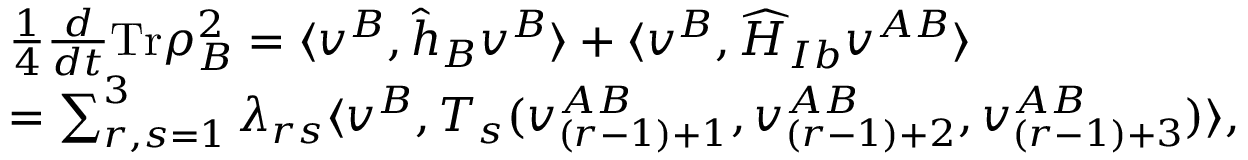
\begin{array} { r l } & { \frac { 1 } { 4 } \frac { d } { d t } \mathrm { T r } \rho _ { B } ^ { 2 } = \langle \boldsymbol { v } ^ { B } , \widehat { h } _ { B } \boldsymbol { v } ^ { B } \rangle + \langle \boldsymbol { v } ^ { B } , \widehat { H } _ { I b } \boldsymbol { v } ^ { A B } \rangle } \\ & { = \sum _ { r , s = 1 } ^ { 3 } \lambda _ { r s } \langle \boldsymbol { v } ^ { B } , T _ { s } ( v _ { ( r - 1 ) + 1 } ^ { A B } , v _ { ( r - 1 ) + 2 } ^ { A B } , v _ { ( r - 1 ) + 3 } ^ { A B } ) \rangle , } \end{array}